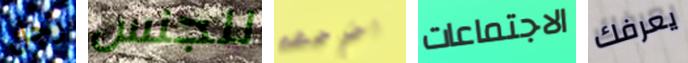
رجل للجنس اخرجهم الاجتماعات يعرفك